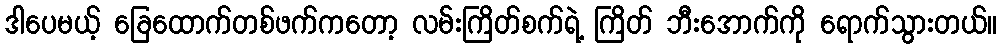
ဒါပေမယ့် ခြေထောက်တစ်ဖက်ကတော့ လမ်းကြိတ်စက်ရဲ့ ကြိတ် ဘီးအောက်ကို ရောက်သွားတယ်။